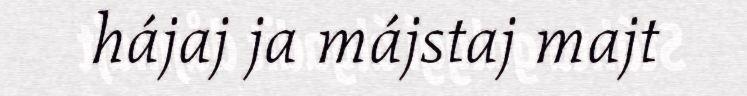
hájaj ja májstaj majt